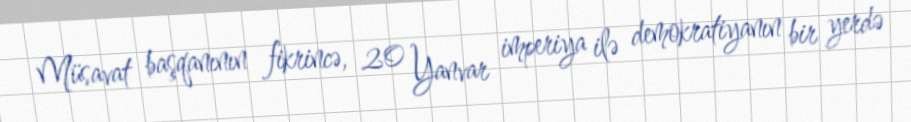
Müsavat başqanının fikrincə, 20 Yanvar imperiya ilə demokratiyanın bir yerdə